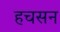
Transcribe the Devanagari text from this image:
हचसन